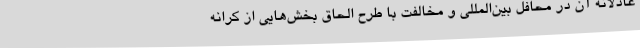
عادلانه آن در محافل بین‌المللی و مخالفت با طرح الحاق بخش‌هایی از کرانه